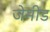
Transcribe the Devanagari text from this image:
जेमीड